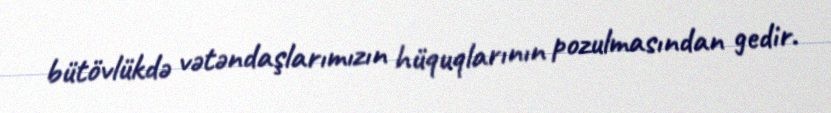
bütövlükdə vətəndaşlarımızın hüquqlarının pozulmasından gedir.